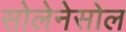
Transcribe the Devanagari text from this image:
सोलेनेसोल